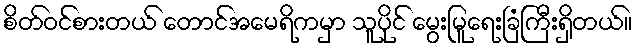
စိတ်ဝင်စားတယ် တောင်အမေရိကမှာ သူပိုင် မွေးမြူရေးခြံကြီးရှိတယ်။